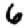
Digit: 6